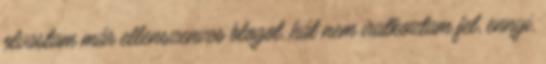
olvastam már ellenszenves blogot, hát nem iratkoztam fel, ennyi,